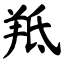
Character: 羝